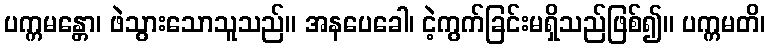
ပက္ကမန္တော၊ ဖဲသွားသောသူသည်။ အနပေခေါ၊ ငဲ့ကွက်ခြင်းမရှိသည်ဖြစ်၍။ ပက္ကမတိ၊